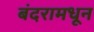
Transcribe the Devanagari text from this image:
बंदरामधून